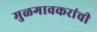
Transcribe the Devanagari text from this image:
मुळगावकरांची